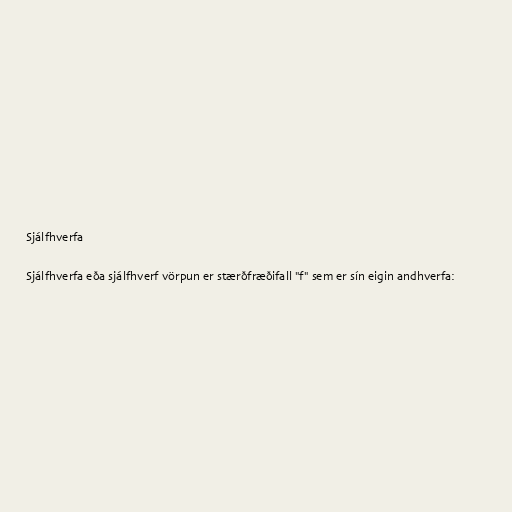
Sjálfhverfa

Sjálfhverfa eða sjálfhverf vörpun er stærðfræðifall "f" sem er sín eigin andhverfa: